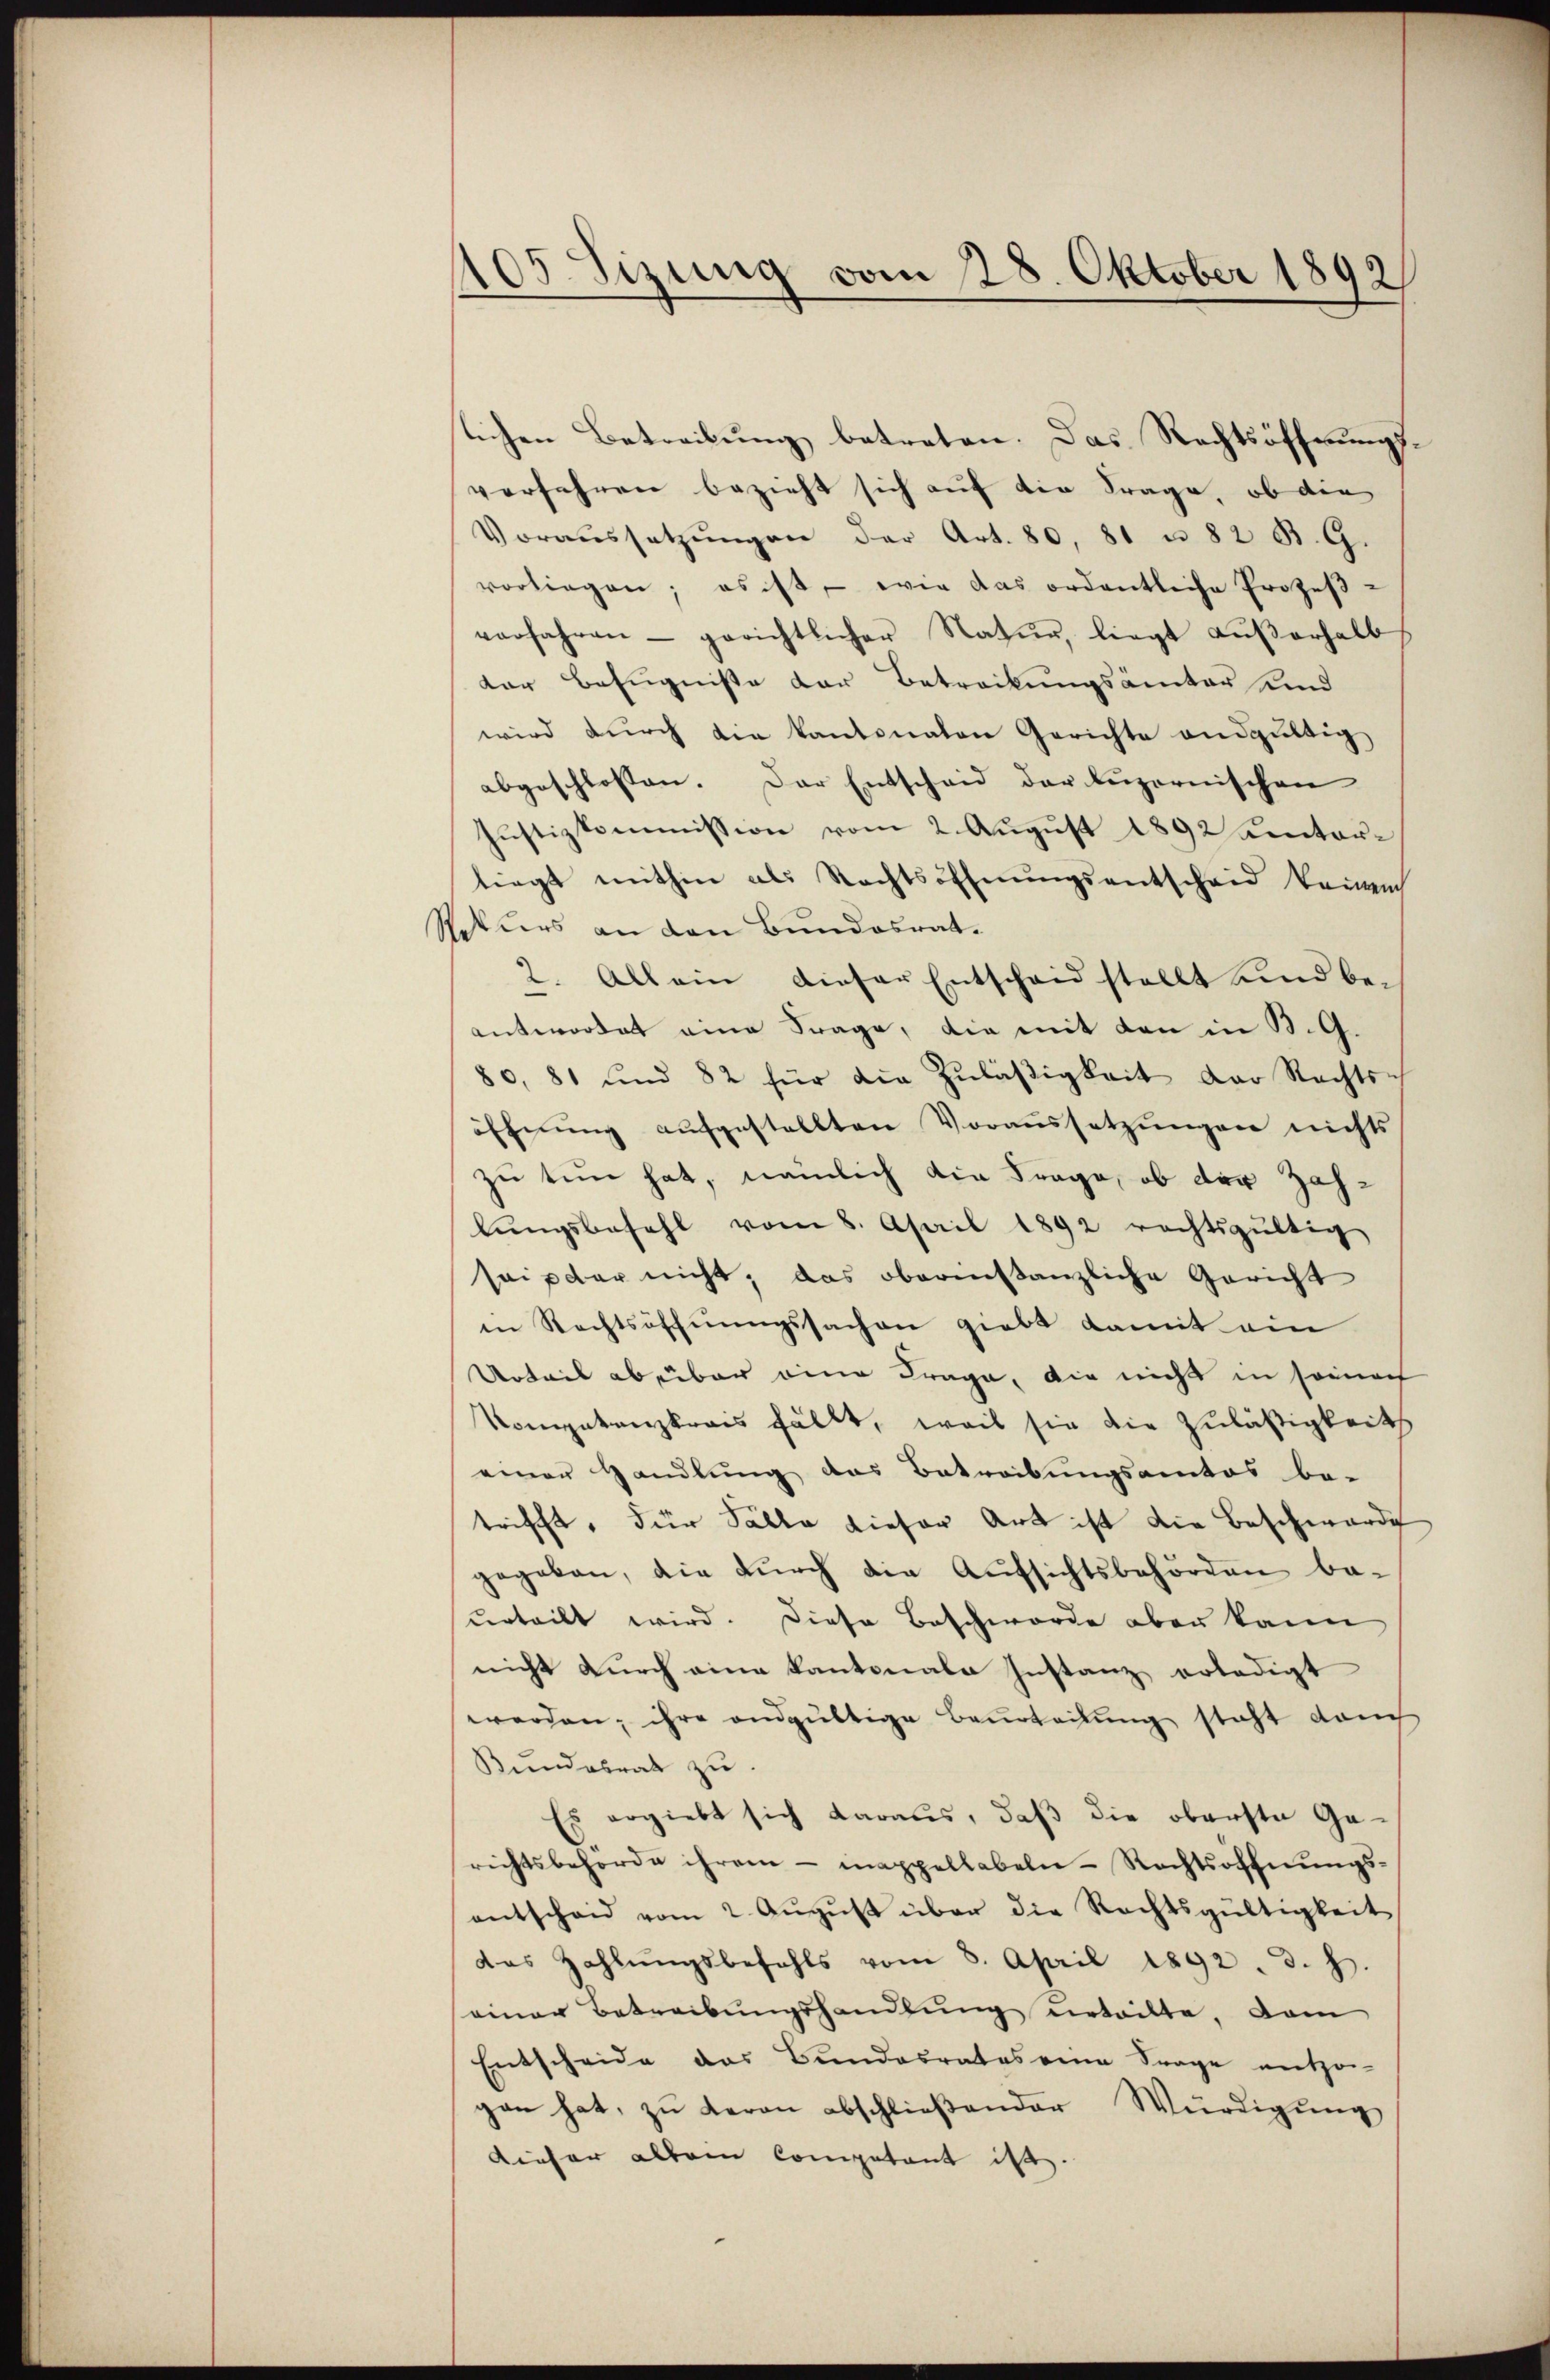
105 Sizung vom 28. Oktober 1892

slichen Betreibung betreten. Das Rechtsöffnungsverfahren bezieht sich auf die Frage, ob die
Voraŭssetzŭngen der Art. 80. 81 u. 82 B. G.
vorliegen; es ist, wie das ordentliche Prozeβ-
vorfahren - gerichtlicher Natur, liegt aŭβerhalb
der Befugnisse der Betrackungsämter und
wird dŭrch die kantonalen Gerichte andgültig
abgeschlossen. Der Entscheid der luzernischen
Justizkommission vom 2. August 1892 Autorliegt mithin als Rechtsoffnŭngsentscheid keinem
Rekurs an den Bundesrat¬
2. Allein dieser Entscheid stellt und beantwortet eine Frage, die mit den in B. G.
80. 81 und 82 für die Zŭläβigkeit der Rechts-
öffnung aufgestellten Voraussetzungen nichts
zu tun hat, nämlich die Frage, ob der Zahlŭngsbefehl vom 8. April 1892 rechtsgültig
saiper nicht, das oberinstanzliche Gericht
in Rechtsöffnungssachen giebt damit ein
Urteil aberbar eine Frage, die nicht in seinach
Kompetenzkrais fällt, weil sie die Zuläßigkeit
einer Handlung des Betreibungsamtes be-
trifft, für Fälle dieser Art ist die Beschwerde
gegeben, die durch die Aufsichtsbehörden be-
urteilt wird. Diese Beschworde aber kann
nicht durch eine Kantonale Instanz erledigt
werden; ihre endgültige Beurteilung steht danch
Kundabrat zu.
Es ergiebt sich daraus, daβ die oberste Ge-
richtsbehörde ihrem - inappellabeln-Rechtsoffnungsentschaid vom 2. Aŭgŭst über die Rechtsgültigkeit
das Zahlŭngsbefehls vom 8. April 1892. d. h.
einer Betreibungshandlung erteilte, dam
Entscheide das Bundesrates eine Frage entzo-
gan hat, zu heran abschließender Würdigung
Dieser allein Competent ist.